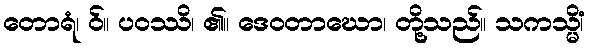
တောရံ၊ ဝ်။ ပဝဿိ၊ ၏။ ဒေဝတာဃော၊ တို့သည်။ သကသ္မိံ၊